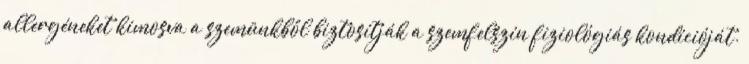
allergéneket kimosva a szemünkből biztosítják a szemfelszín fiziológiás kondícióját.